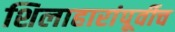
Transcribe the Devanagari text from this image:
शिलाहारांपूर्वीच